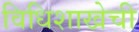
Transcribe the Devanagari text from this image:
विधिशाखेची